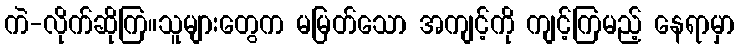
ကဲ-လိုက်ဆိုကြ။သူများတွေက မမြတ်သော အကျင့်ကို ကျင့်ကြမည့် နေရာမှာ